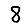
Digit: 8